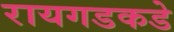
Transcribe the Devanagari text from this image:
रायगडकडे